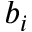
b _ { i }